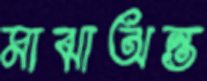
মাঝাঅন্ত